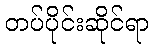
တပ်ပိုင်းဆိုင်ရာ